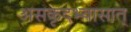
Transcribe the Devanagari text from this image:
असकृदभ्यासात्‌